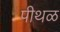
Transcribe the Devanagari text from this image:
पीथळ